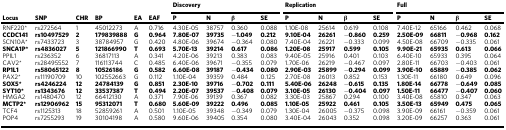
<table><thead><tr><td></td><td></td><td></td><td></td><td></td><td></td><td colspan="4"><b>Discovery</b></td><td colspan="4"><b>Replication</b></td><td colspan="4"><b>Full</b></td></tr><tr><td><b>Locus</b></td><td><b>SNP</b></td><td><b>CHR</b></td><td><b>BP</b></td><td><b>EA</b></td><td><b>EAF</b></td><td><b>P</b></td><td><b>N</b></td><td><b>β</b></td><td><b>SE</b></td><td><b>P</b></td><td><b>N</b></td><td><b>β</b></td><td><b>SE</b></td><td><b>P</b></td><td><b>N</b></td><td><b>β</b></td><td><b>SE</b></td></tr></thead><tbody><tr><td>RNF220*</td><td>rs272564</td><td>1</td><td>45012273</td><td>A</td><td>0.716</td><td>4.30E-05</td><td>38757</td><td>0.360</td><td>0.088</td><td>1.10E-08</td><td>25614</td><td>0.619</td><td>0.108</td><td>7.40E-12</td><td>65166</td><td>0.462</td><td>0.068</td></tr><tr><td><b>CCDC141</b></td><td><b>rs10497529</b></td><td><b>2</b></td><td><b>179839888</b></td><td><b>G</b></td><td><b>0.964</b></td><td><b>7.80E-07</b></td><td><b>39735</b></td><td><b>−1.049</b></td><td><b>0.212</b></td><td><b>9.10E-04</b></td><td><b>26261</b></td><td><b>−0.860</b></td><td><b>0.259</b></td><td><b>2.50E-09</b></td><td><b>66811</b></td><td><b>−0.968</b></td><td><b>0.162</b></td></tr><tr><td>SCN10A*</td><td>rs7433723</td><td>3</td><td>38784957</td><td>G</td><td>0.420</td><td>4.80E-06</td><td>39674</td><td><b>−</b>0.364</td><td>0.080</td><td>7.40E-04</td><td>26221</td><td><b>−</b>0.333</td><td>0.099</td><td>4.50E-08</td><td>66709</td><td><b>−</b>0.335</td><td>0.061</td></tr><tr><td><b>SNCA1P*</b></td><td><b>rs4836027</b></td><td><b>5</b></td><td><b>121866990</b></td><td><b>T</b></td><td><b>0.693</b></td><td><b>5.70E-13</b></td><td><b>39214</b></td><td><b>0.617</b></td><td><b>0.086</b></td><td><b>1.20E-08</b></td><td><b>25917</b></td><td><b>0.599</b></td><td><b>0.105</b></td><td><b>9.90E-21</b></td><td><b>65935</b></td><td><b>0.613</b></td><td><b>0.066</b></td></tr><tr><td>PPIL1</td><td>rs236352</td><td>6</td><td>36817113</td><td>A</td><td>0.341</td><td>4.20E-06</td><td>39213</td><td>0.383</td><td>0.083</td><td>9.40E-05</td><td>25916</td><td>0.401</td><td>0.103</td><td>6.40E-10</td><td>65933</td><td>0.395</td><td>0.064</td></tr><tr><td>CAV2*</td><td>rs28495552</td><td>7</td><td>116113744</td><td>C</td><td>0.485</td><td>6.40E-06</td><td>39671</td><td><b>−</b>0.355</td><td>0.079</td><td>1.70E-06</td><td>26219</td><td><b>−</b>0.467</td><td>0.097</td><td>2.80E-11</td><td>66703</td><td><b>−</b>0.403</td><td>0.061</td></tr><tr><td><b>RP1L1</b></td><td><b>rs58065122</b></td><td><b>8</b></td><td><b>10526186</b></td><td><b>G</b></td><td><b>0.582</b></td><td><b>6.60E-08</b></td><td><b>39187</b></td><td><b>−0.434</b></td><td><b>0.080</b></td><td><b>2.90E-03</b></td><td><b>25899</b></td><td><b>−0.294</b></td><td><b>0.099</b></td><td><b>3.90E-10</b></td><td><b>65889</b></td><td><b>−0.385</b></td><td><b>0.062</b></td></tr><tr><td>PAX2*</td><td>rs11190709</td><td>10</td><td>102552663</td><td>G</td><td>0.112</td><td>1.10E-04</td><td>39359</td><td>0.484</td><td>0.125</td><td>2.70E-08</td><td>26013</td><td>0.852</td><td>0.153</td><td>1.30E-11</td><td>66180</td><td>0.649</td><td>0.096</td></tr><tr><td><b>SOX5*</b></td><td><b>rs4246224</b></td><td><b>12</b></td><td><b>24784139</b></td><td><b>G</b></td><td><b>0.851</b></td><td><b>2.30E-10</b></td><td><b>39716</b></td><td><b>−0.702</b></td><td><b>0.111</b></td><td><b>5.40E-06</b></td><td><b>26248</b></td><td><b>−0.615</b></td><td><b>0.135</b></td><td><b>1.80E-14</b></td><td><b>66778</b></td><td><b>−0.649</b></td><td><b>0.085</b></td></tr><tr><td><b>SYT10*</b></td><td><b>rs1343676</b></td><td><b>12</b></td><td><b>33537387</b></td><td><b>T</b></td><td><b>0.494</b></td><td><b>2.20E-07</b></td><td><b>39537</b></td><td><b>−0.408</b></td><td><b>0.079</b></td><td><b>3.10E-05</b></td><td><b>26130</b></td><td><b>−0.404</b></td><td><b>0.097</b></td><td><b>1.50E-11</b></td><td><b>66477</b></td><td><b>−0.407</b></td><td><b>0.060</b></td></tr><tr><td>HMGA2</td><td>rs1480470</td><td>12</td><td>66412130</td><td>A</td><td>0.371</td><td>7.90E-06</td><td>39139</td><td>0.367</td><td>0.082</td><td>3.30E-03</td><td>25867</td><td>0.294</td><td>0.100</td><td>3.40E-08</td><td>65810</td><td>0.347</td><td>0.063</td></tr><tr><td><b>MCTP2*</b></td><td><b>rs12906962</b></td><td><b>15</b></td><td><b>95312071</b></td><td><b>T</b></td><td><b>0.680</b></td><td><b>5.60E-09</b></td><td><b>39222</b></td><td><b>0.496</b></td><td><b>0.085</b></td><td><b>1.10E-05</b></td><td><b>25922</b></td><td><b>0.461</b></td><td><b>0.105</b></td><td><b>3.50E-13</b></td><td><b>65949</b></td><td><b>0.475</b></td><td><b>0.065</b></td></tr><tr><td>TCF4</td><td>rs1125313</td><td>18</td><td>52859261</td><td>A</td><td>0.501</td><td>1.10E-05</td><td>39348</td><td><b>−</b>0.349</td><td>0.079</td><td>1.30E-04</td><td>26005</td><td><b>−</b>0.375</td><td>0.098</td><td>3.90E-09</td><td>66161</td><td><b>−</b>0.359</td><td>0.061</td></tr><tr><td>POP4</td><td>rs7255293</td><td>19</td><td>30104198</td><td>A</td><td>0.580</td><td>9.60E-06</td><td>39405</td><td>0.354</td><td>0.080</td><td>3.40E-04</td><td>26043</td><td>0.352</td><td>0.098</td><td>3.20E-09</td><td>66257</td><td>0.363</td><td>0.061</td></tr></tbody></table>